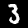
Digit: 3